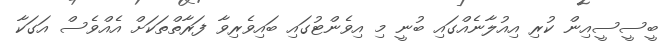
ބީސީސީއިން ކުރި އިއުލާނެއްގައި ބުނީ މި އިވެންޓުގައި ބައިވެރިވާ ފަރާތްތަކަށް އެއްވެސް އަގަކާ